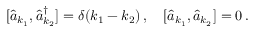
[ \widehat { a } _ { k _ { 1 } } , \widehat { a } _ { k _ { 2 } } ^ { \dagger } ] = \delta ( k _ { 1 } - k _ { 2 } ) \, , \quad [ \widehat { a } _ { k _ { 1 } } , \widehat { a } _ { k _ { 2 } } ] = 0 \, .